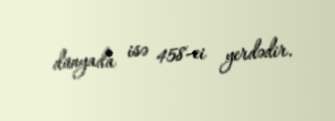
dünyada isə 458-ci yerdədir.